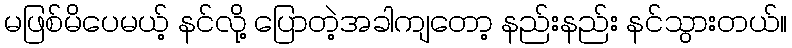
မဖြစ်မိပေမယ့် နင်လို့ ပြောတဲ့အခါကျတော့ နည်းနည်း နင်သွားတယ်။